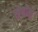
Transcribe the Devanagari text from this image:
सेर्रोर्स